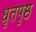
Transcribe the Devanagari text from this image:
धृतपृष्ठ